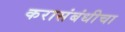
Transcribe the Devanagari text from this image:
करासंबंधीचा